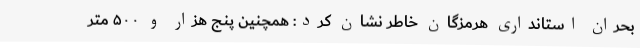
بحران استانداری هرمزگان خاطر نشان کرد:‌ همچنین پنج هزار و ۵۰۰ متر